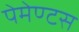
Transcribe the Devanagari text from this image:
पेमेण्टस